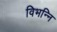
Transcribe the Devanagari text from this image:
विभन्नि